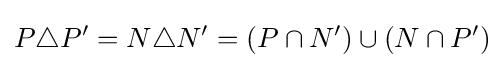
P\triangle P'=N\triangle N'=(P\cap N')\cup (N\cap P')